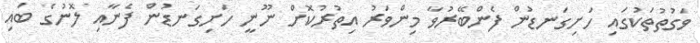
ވަގުތުތަކުގައި ހަށިގަނޑުން ފެންބޭރުވާ މިންވަރު އިތުރުކޮށް ނޫނީ ހަށިގަނޑުން ފެނާއި ލޮނުގެ ބައި